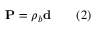
\mathbf { P } = \rho _ { b } \mathbf { d } \qquad ( 2 )